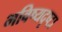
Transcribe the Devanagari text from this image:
भविष्यदृष्टा